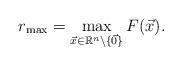
LaTeX: \begin{align*}r_{\max} = \max\limits_{\vec x\in\mathbb{R}^n \setminus \{\vec0\}}F(\vec x).\end{align*}